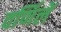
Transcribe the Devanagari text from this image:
वर्णिलें